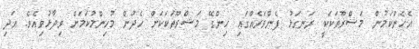
އެހެންކަމުން މަޝްރޫތަކަކީ ރަނގަޅު ފެންވަރެއްގައި ހިންގޭ މަޝްރޫތަކަކަށް ހެދުން މުހިންމުކަމަށް ވިދާޅުވިއެވެ. އަދި